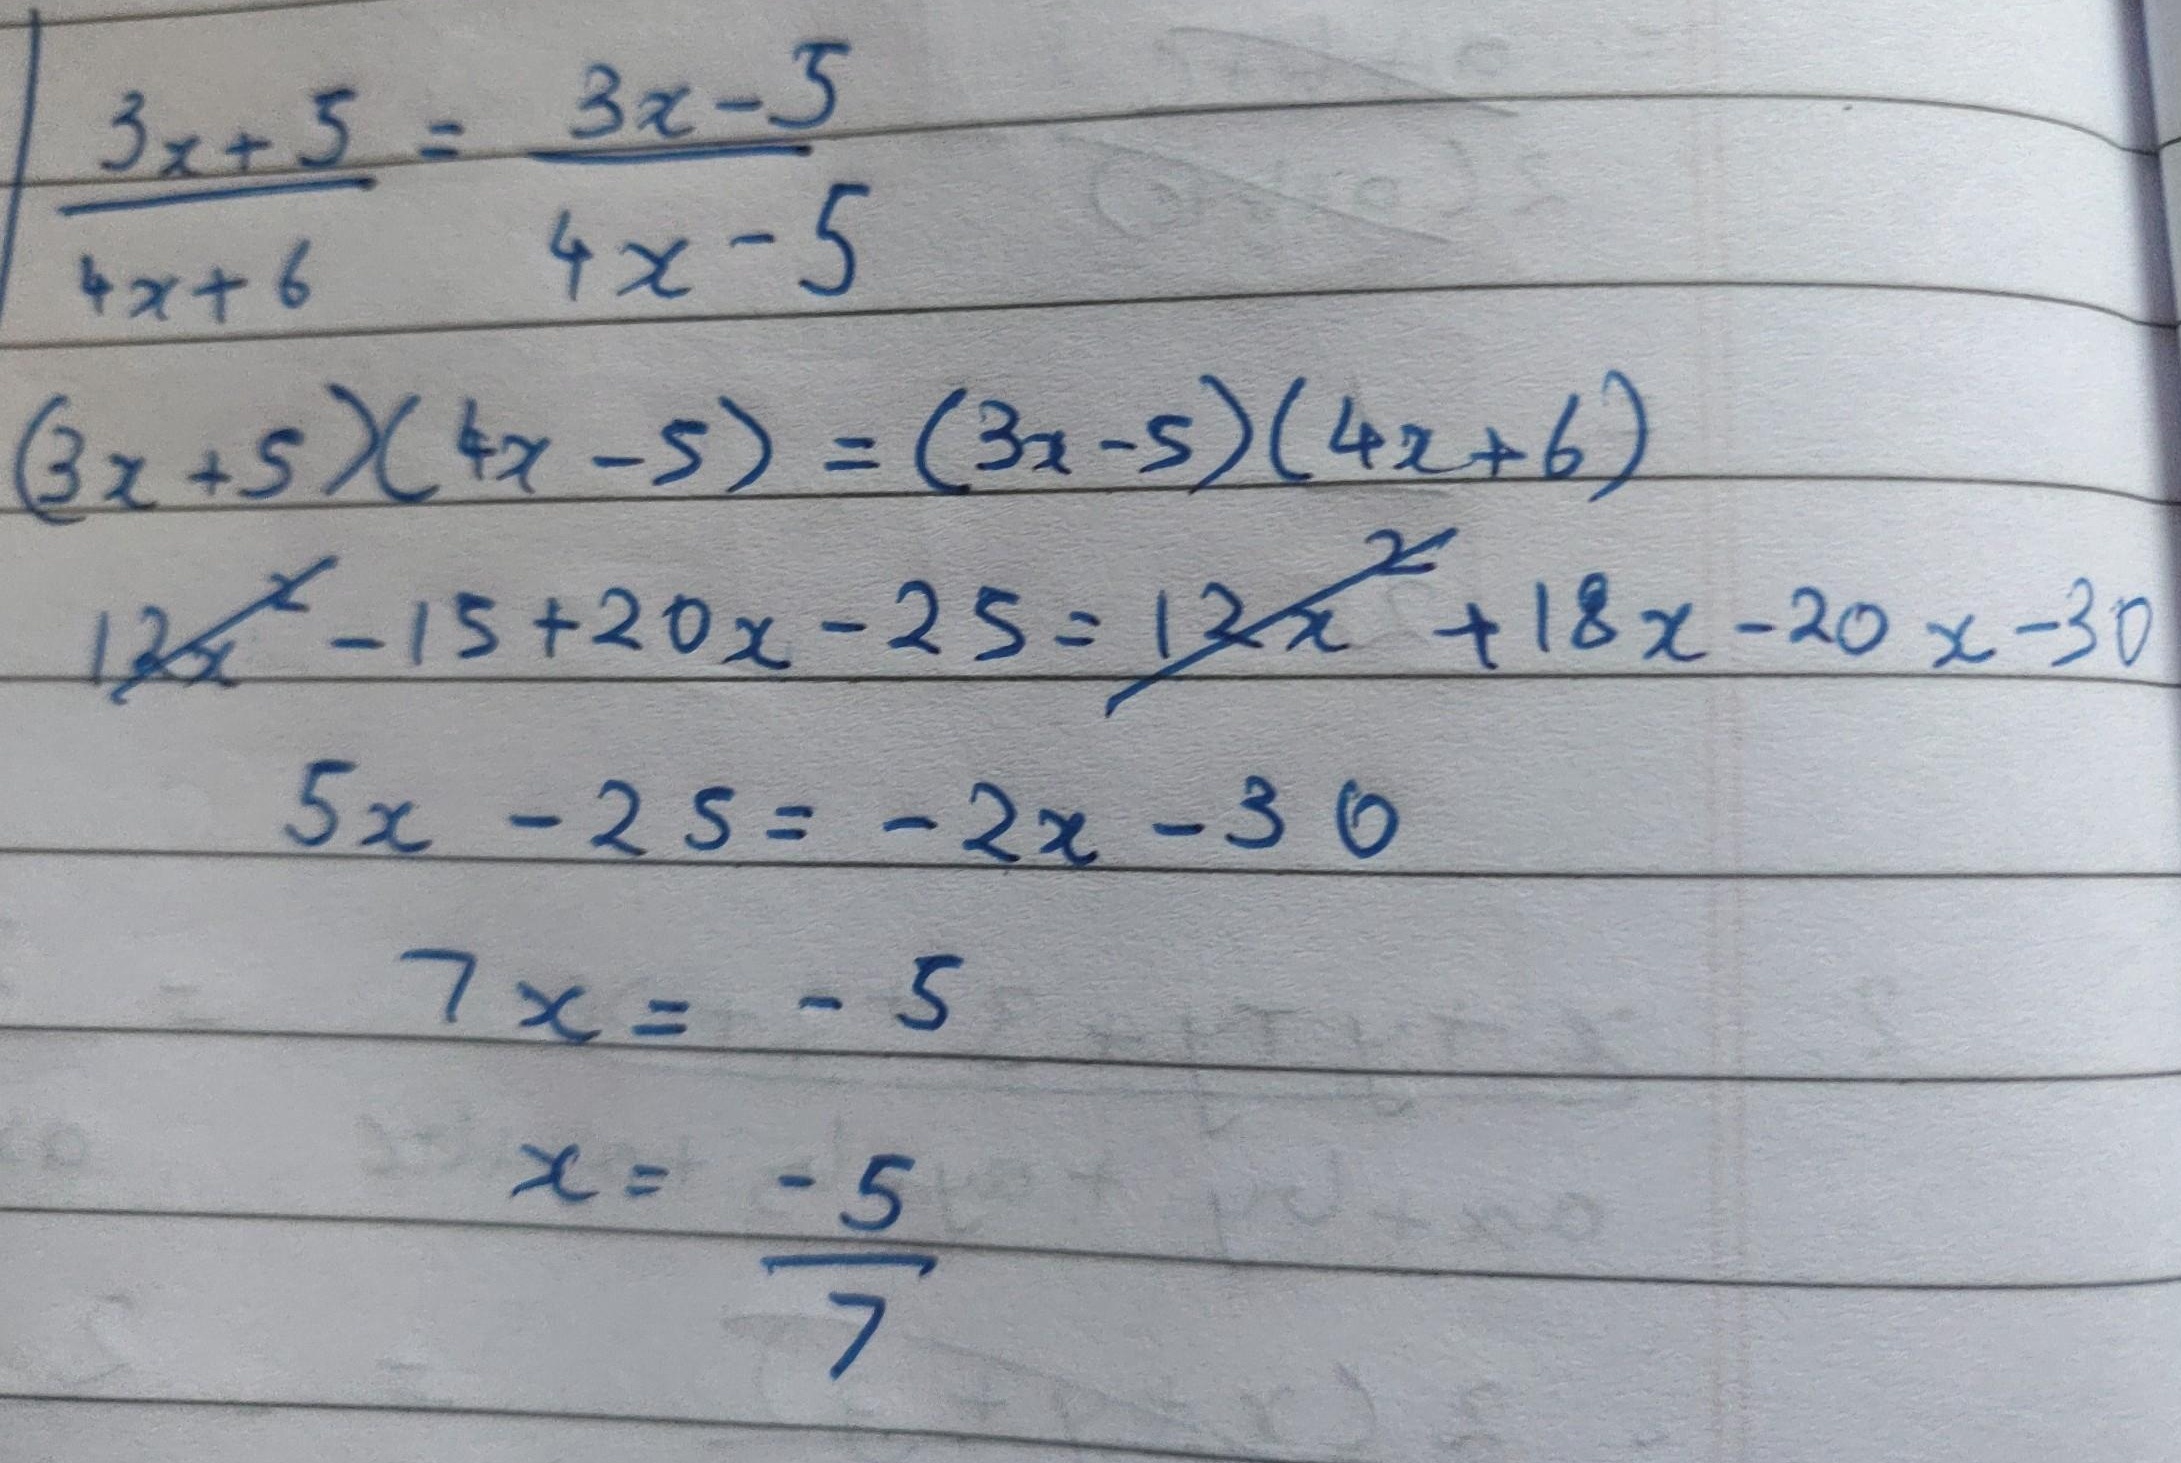
\[\begin{align*}
\frac{3x + 5}{4x + 6}&=\frac{3x - 5}{4x - 5}\\
(3x + 5)(4x - 5)&=(3x - 5)(4x + 6)\\
12x^{2}-15x + 20x - 25&=12x^{2}+18x - 20x - 30\\
5x - 25&=-2x - 30\\
7x&=-5\\
x&=-\frac{5}{7}
\end{align*}\]

在原内容基础上，修正了两个地方：
1. 第三行展开式中，\(-15\)应变为\(-15x\) 。
2. 最后一行分数形式写法，\(\frac{-5}{7}\)通常写为\(-\frac{5}{7}\) 。